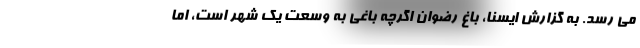
می رسد. به گزارش ایسنا، باغ رضوان اگرچه باغی به وسعت یک شهر است، اما